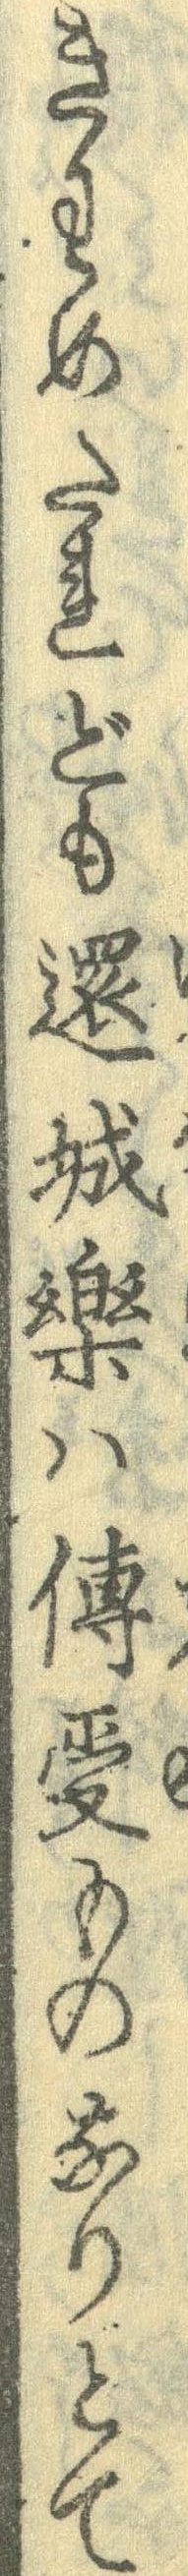
きわめたれども還城楽は伝受ものなりとて